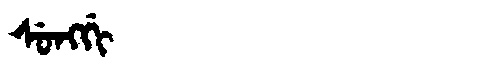
Manchu: ᠰᡠᠩᡤᡳ
Romanization: SUNGGI